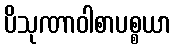
ပိသုဏာဝါစာပစ္စယာ